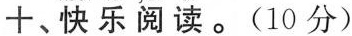
十、快乐阅读。(10分)